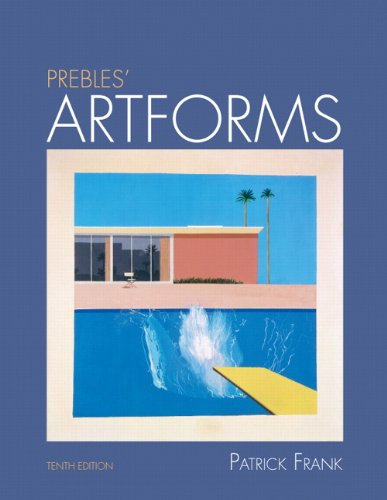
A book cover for Prebles' Artforms: An Introduction to the Visual Arts, 10th Edition; Patrick Frank; Arts & Photography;